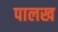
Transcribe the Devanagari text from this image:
पालख